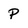
Character: P